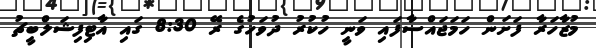
މުޒާހަރާ ފަށަން ހަމަޖައްސާފައި ވަނީ ހުކުރު ދުވަހުގެ ރޭ 8:30 ގައި އާޓިފިޝަލްބީޗު